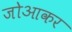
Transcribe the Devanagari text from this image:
जोआकर